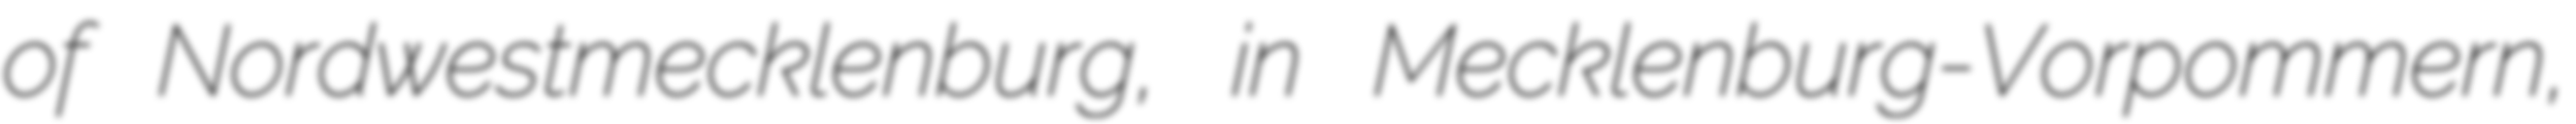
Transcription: of Nordwestmecklenburg, in Mecklenburg-Vorpommern,